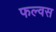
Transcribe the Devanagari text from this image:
फल्वस